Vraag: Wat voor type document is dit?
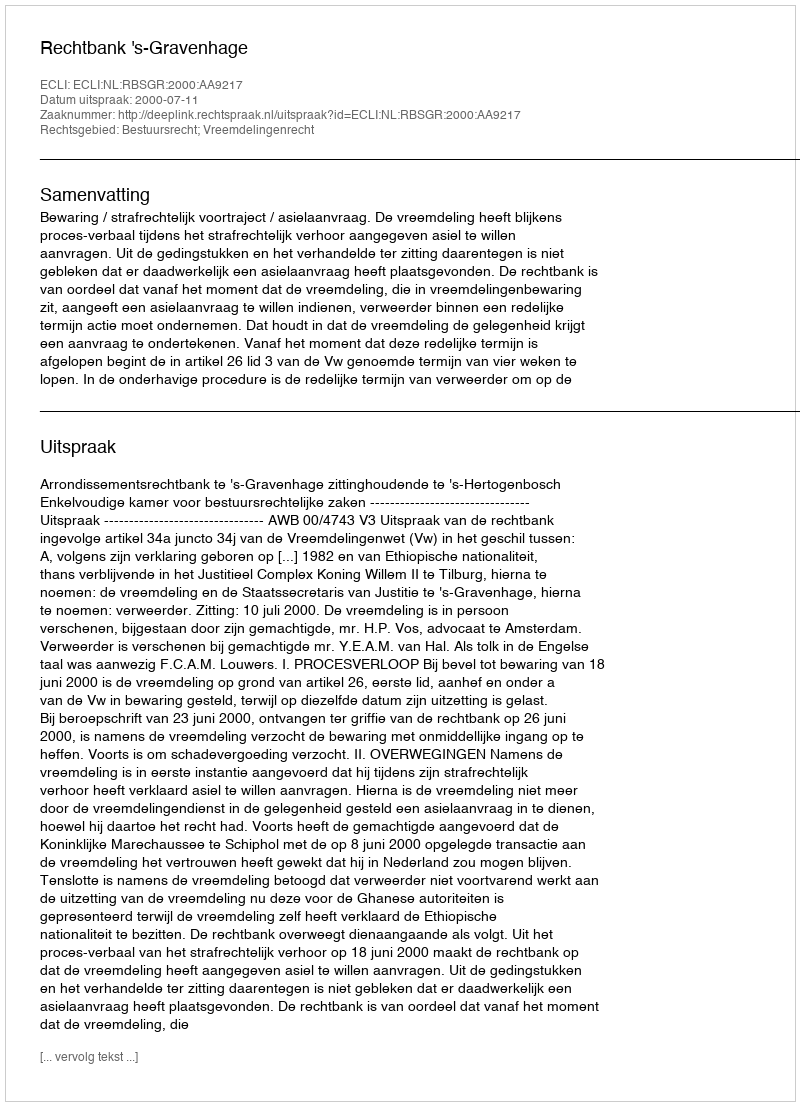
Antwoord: Uitspraak